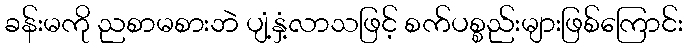
ခန်းမကို ညစာမစားဘဲ ပျံ့နှံ့လာသဖြင့် စက်ပစ္စည်းများဖြစ်ကြောင်း